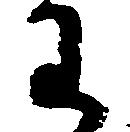
わ